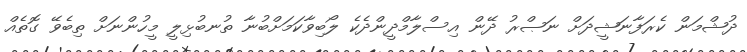
ދުޝްމަން ކެރަފާނަޝީދަށް ނަޞްރު ދޭން އިސްލާމްދީންދެކެ ލޯބިވާކަމަށްބުނާ ތުނބުޅިލީ މީހުންނަށް ތިބެވޭ ގޮތެއް